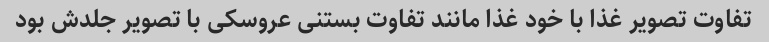
تفاوت تصویر غذا با خود غذا مانند تفاوت بستنی عروسکی با تصویر جلدش بود